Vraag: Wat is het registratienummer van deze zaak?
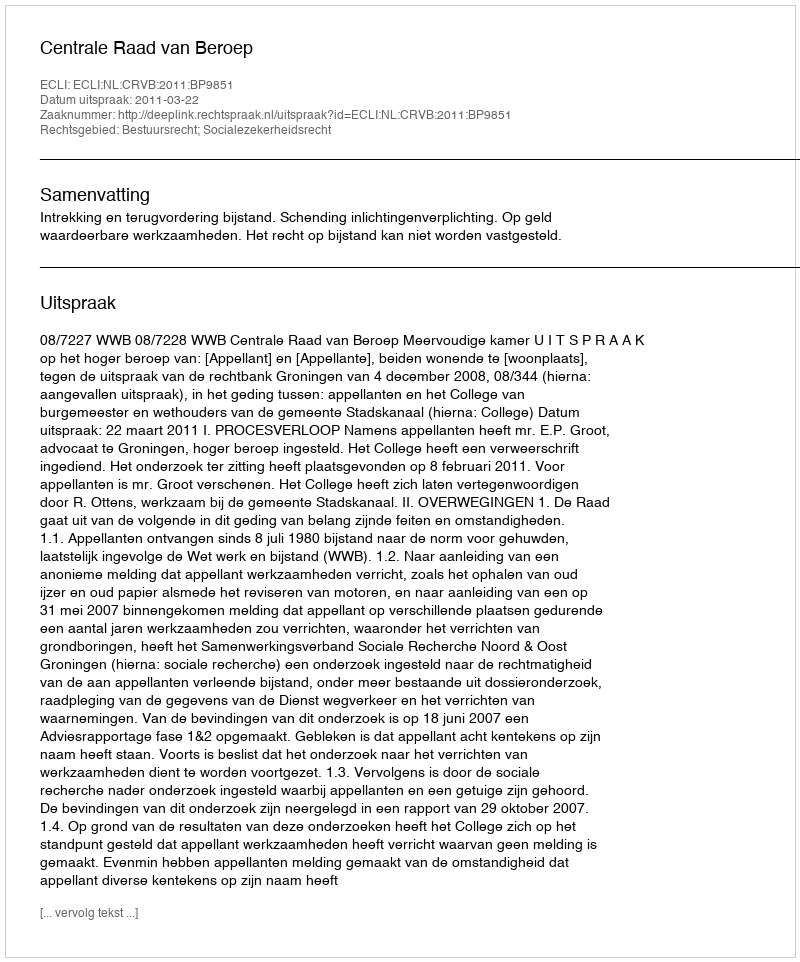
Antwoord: http://deeplink.rechtspraak.nl/uitspraak?id=ECLI:NL:CRVB:2011:BP9851